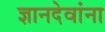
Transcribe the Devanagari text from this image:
ज्ञानदेवांना